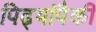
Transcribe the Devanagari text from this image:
पिढ्यांपैकी